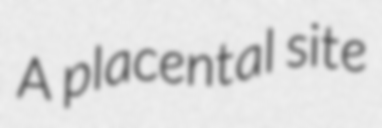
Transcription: A placental site